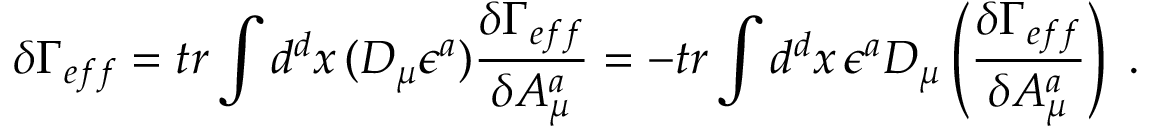
\delta \Gamma _ { e f f } = t r \int d ^ { d } x \, ( D _ { \mu } \epsilon ^ { a } ) \frac { \delta \Gamma _ { e f f } } { \delta A _ { \mu } ^ { a } } = - t r \int d ^ { d } x \, \epsilon ^ { a } D _ { \mu } \left( \frac { \delta \Gamma _ { e f f } } { \delta A _ { \mu } ^ { a } } \right) \; .